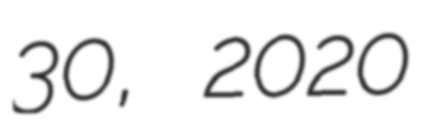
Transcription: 30, 2020